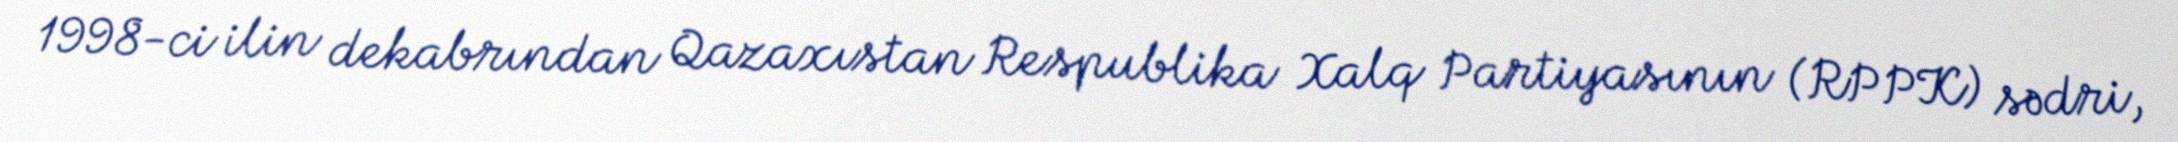
1998-ci ilin dekabrından Qazaxıstan Respublika Xalq Partiyasının (RPPK) sədri,